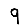
Digit: 9